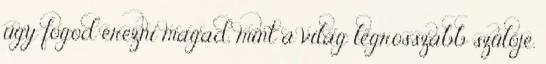
úgy fogod érezni magad, mint a világ legrosszabb szülője.